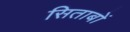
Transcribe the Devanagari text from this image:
सिताबों